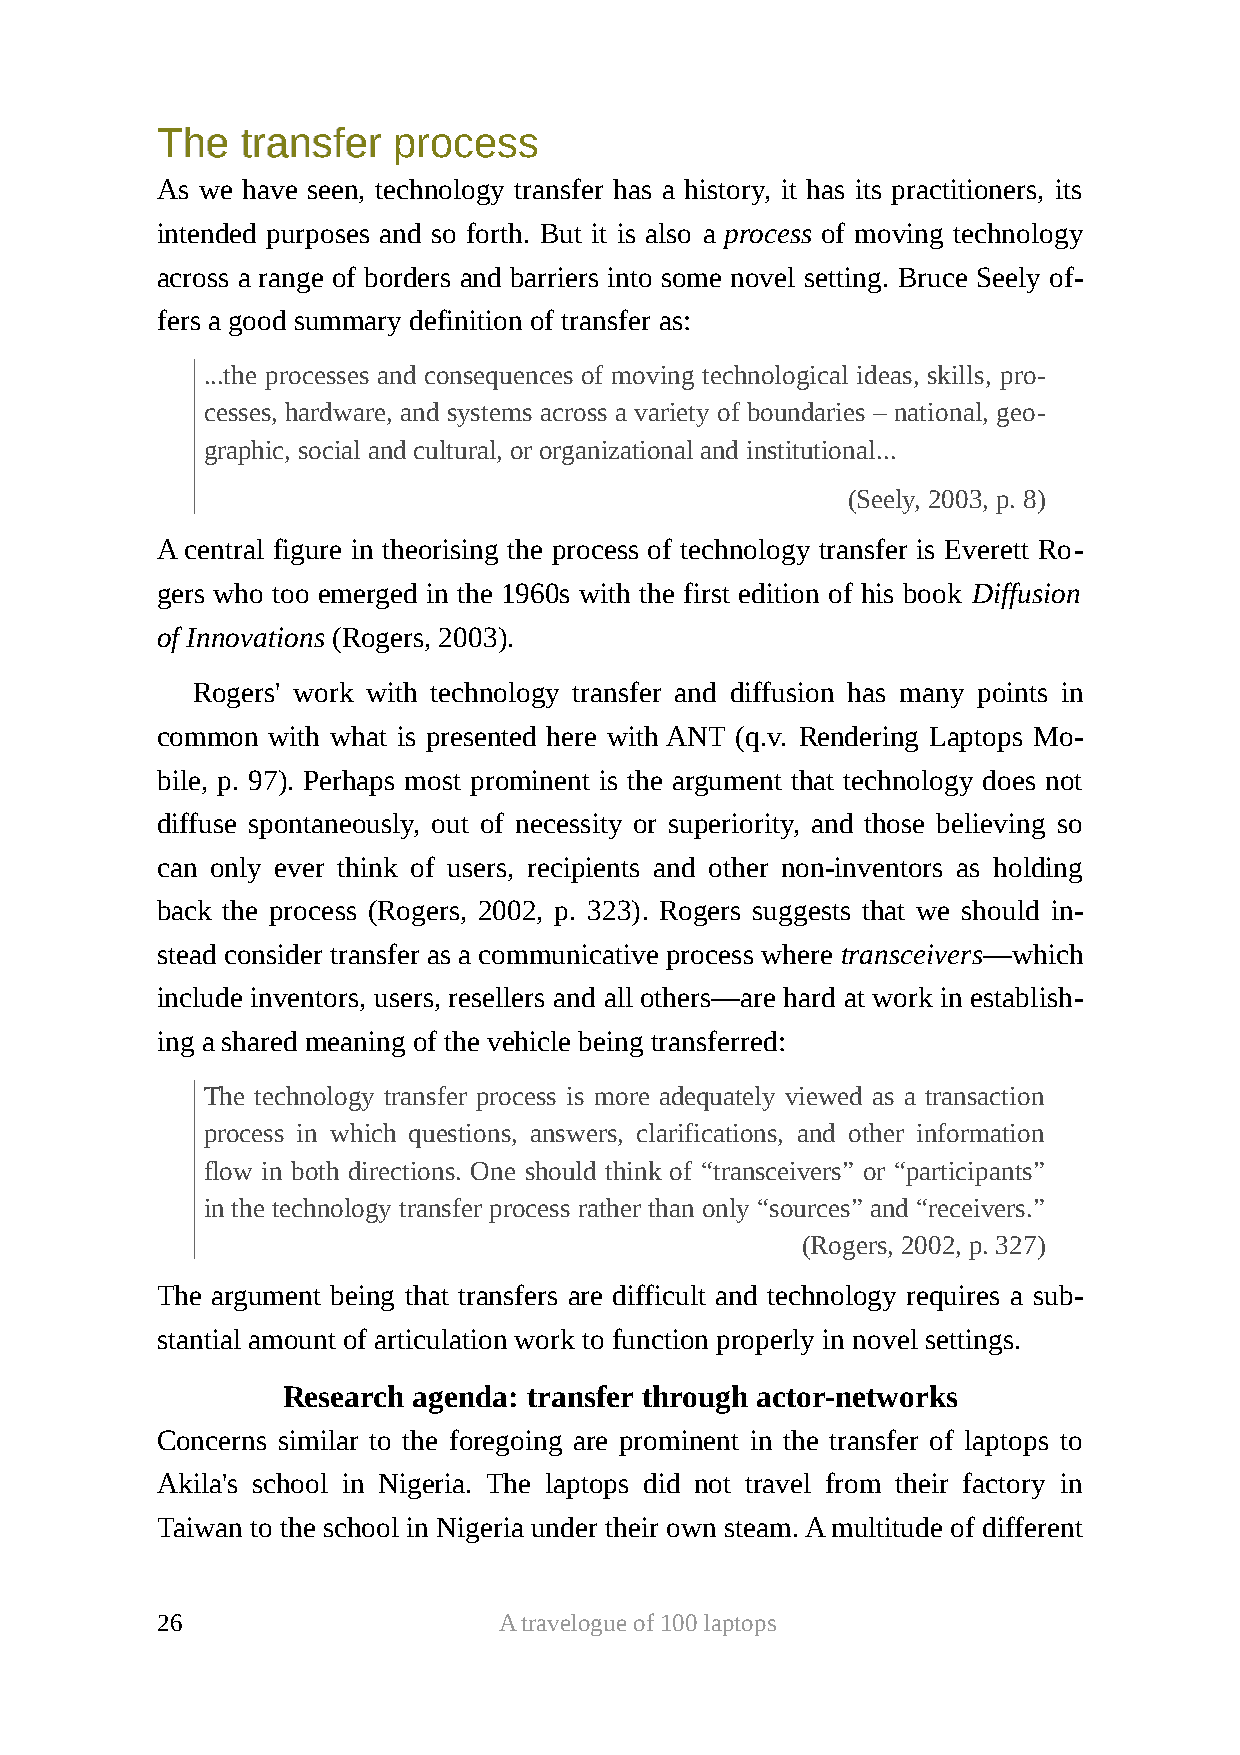
TThhee ttrraannssffeerr pprroocceessss
 As we have seen, technology transfer has a history, it has its practitioners, its
 intended purposes and so forth. But it is also a process of moving technology
 across a range of borders and barriers into some novel setting. Bruce Seely of-
 fers a good summary definition of transfer as:
 ...the processes and consequences of moving technological ideas, skills, pro-
 cesses, hardware, and systems across a variety of boundaries – national, geo-
 graphic, social and cultural, or organizational and institutional...
 (Seely, 2003, p. 8)
 A central figure in theorising the process of technology transfer is Everett Ro-
 gers who too emerged in the 1960s with the first edition of his book Diffusion
 of Innovations (Rogers, 2003).
 Rogers' work with technology transfer and diffusion has many points in
 common  with what is presented here with ANT (q.v. Rendering Laptops Mo-
 bile, p. 97). Perhaps most prominent is the argument that technology does not
 diffuse spontaneously, out of necessity or superiority, and those believing so
 can only ever think of users, recipients and other non-inventors as holding
 back the process (Rogers, 2002, p. 323). Rogers suggests that we should in-
 stead consider transfer as a communicative process where transceivers—which
 include inventors, users, resellers and all others—are hard at work in establish-
 ing a shared meaning of the vehicle being transferred:
 The technology transfer process is more adequately viewed as a transaction
 process in which questions, answers, clarifications, and other information
 flow in both directions. One should think of “transceivers” or “participants”
 in the technology transfer process rather than only “sources” and “receivers.”
 (Rogers, 2002, p. 327)
 The argument being that transfers are difficult and technology requires a sub-
 stantial amount of articulation work to function properly in novel settings.
 Research agenda: transfer through actor-networks
 Concerns similar to the foregoing are prominent in the transfer of laptops to
 Akila's school in Nigeria. The laptops did not travel from their factory in
 Taiwan to the school in Nigeria under their own steam. A multitude of different
 26                     A travelogue of 100 laptops